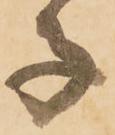
子